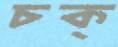
চক্